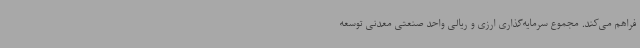
فراهم می‌کند. مجموع سرمایه‌گذاری ارزی و ریالی واحد صنعتی معدنی توسعه